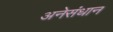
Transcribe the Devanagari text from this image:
अनेसंधान